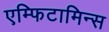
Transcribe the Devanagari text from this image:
एम्फिटामिन्स